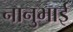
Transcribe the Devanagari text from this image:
नानुभाई